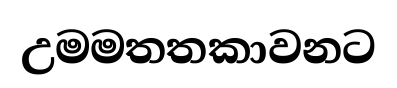
උමමතතකාවනට